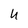
Character: U